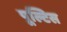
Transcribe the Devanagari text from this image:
पूल्टिस